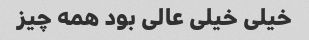
خیلی خیلی عالی بود همه چیز